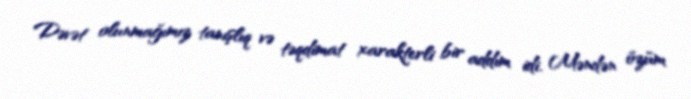
Dəvət olunmağımız tanışlıq və təqdimat xarakterli bir addım idi. Məndən özüm